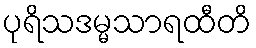
ပုရိသဒမ္မသာရထီတိ